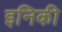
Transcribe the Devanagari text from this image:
इनिकी